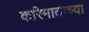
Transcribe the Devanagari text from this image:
करिमाताच्या